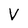
Character: V